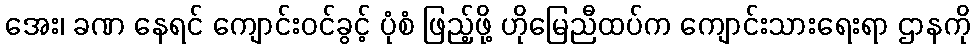
အေး၊ ခဏ နေရင် ကျောင်းဝင်ခွင့် ပုံစံ ဖြည့်ဖို့ ဟိုမြေညီထပ်က ကျောင်းသားရေးရာ ဌာနကို